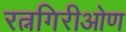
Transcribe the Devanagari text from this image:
रत्नगिरीओण